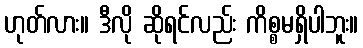
ဟုတ်လား။ ဒီလို ဆိုရင်လည်း ကိစ္စမရှိပါဘူး။